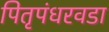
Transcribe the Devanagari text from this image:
पितृपंधरवडा